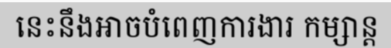
នេះនឹងអាចបំពេញការងារ កម្សាន្ត